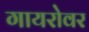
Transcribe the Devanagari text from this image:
गायरोवर